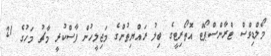
މޯލްޑިވްސް ޓްރާންސްޕޯޓް އޮތޯރިޓީގެ ބިލު ރައްޔިތުންގެ މަޖިލީހުން ފާސްކުރީ މާޗު މަހުގެ 21